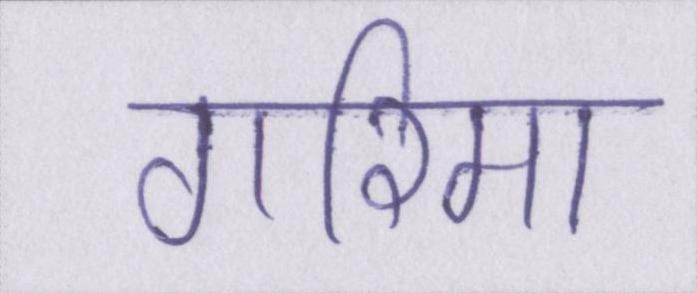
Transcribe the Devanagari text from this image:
गरिमा